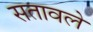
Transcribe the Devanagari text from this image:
सतावले